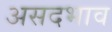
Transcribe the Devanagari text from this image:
असदभाव